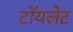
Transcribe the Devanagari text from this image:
टाॅयलेट